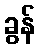
ခွန်